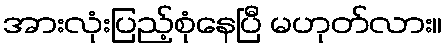
အားလုံးပြည့်စုံနေပြီ မဟုတ်လား။